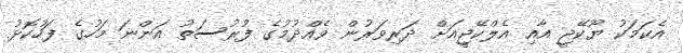
އެކަމަކު ޔޫކޭޖީ އާއި އެލްކޭޖީއަށް ދަރިވަރުން ވެއްދުމުގެ ފުރުސަތު އަންނަ މަހުގެ ފަހުކޮޅު